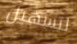
لتسهيل